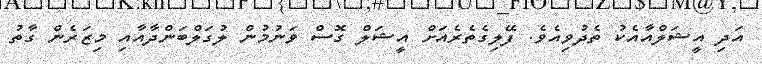
އަދި އީޝަލްއާއެކު ތެދުވިއެވެ. ފޭލިގެތެރެއަށް އީޝަލް ގޮސް ވަނުމުން ލުގަލްބަންދާއާއި މިޒަރެން ގާތު